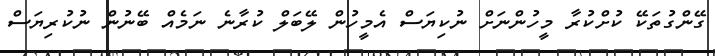
ގޭންގުތަކޭ ކުށްކުރާ މީހުންނަށް ނުކިޔަސް އެމީހުން ލޭބަލް ކުރާނެ ނަމެއް ބޭނުން ނުކުރިޔަސް